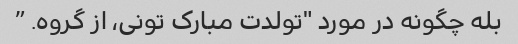
بله چگونه در مورد "تولدت مبارک تونی، از گروه. ”